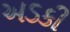
અડકી